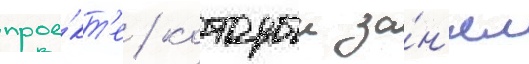
прое́кт'е / которыи за́н'ял